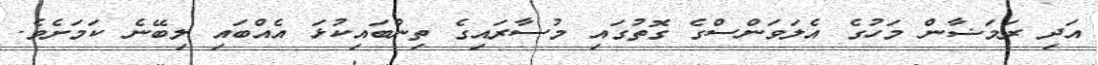
އަދި ރަމަޟާން މަހުގެ އެލަވަންސްގެ ގޮތުގައި މުސާރައިގެ ތިންބައިކުޅަ އެއްބައި ލިބޭނެ ކަމަށެވެ.